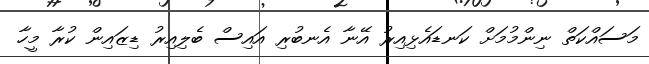
މަސައްކަތް ނިންމުމަށް ކަނޑައެޅިއިރު އޭނާ އެނބުރި އައިސް ބެލިއިރު ޑިޒައިން ކުރާ މީހާ